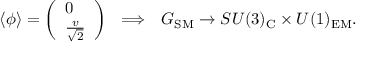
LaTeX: \langle \phi \rangle = \left( \begin{array} { l } { { 0 } } \\ { { { \frac { v } { \sqrt 2 } } } } \end{array} \right) \ \ \Longrightarrow \ \ G _ { \mathrm { S M } } \rightarrow S U ( 3 ) _ { \mathrm { C } } \times U ( 1 ) _ { \mathrm { E M } } .